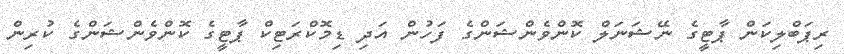
ރިޕަބްލިކަން ޕާޓީގެ ނޭޝަނަލް ކޮންވެންޝަންގެ ފަހުން އަދި ޑިމޮކްރަޓިކް ޕާޓީގެ ކޮންވެންޝަންގެ ކުރިން